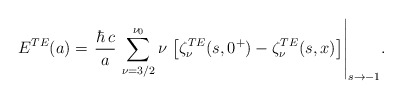
\begin{align*} \displaystyle{ E^{TE}(a) =\left. \frac{\hbar\, c}{a} \, \sum_{\nu=3/2}^{\nu_{0}} \nu \, \left[\zeta_\nu^{TE}(s,0^+) - \zeta_\nu^{TE}(s,x)\right]\right|_{s\rightarrow -1}}.\end{align*}